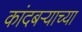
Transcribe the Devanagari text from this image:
कांदबऱ्याच्या